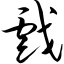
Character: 戏